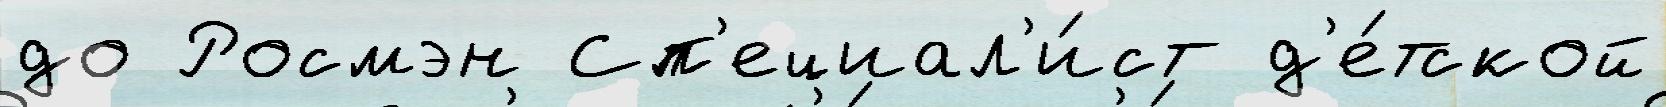
до Росмэн Сп'ециал'и́ст д'е́тской